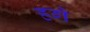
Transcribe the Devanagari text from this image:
हगे